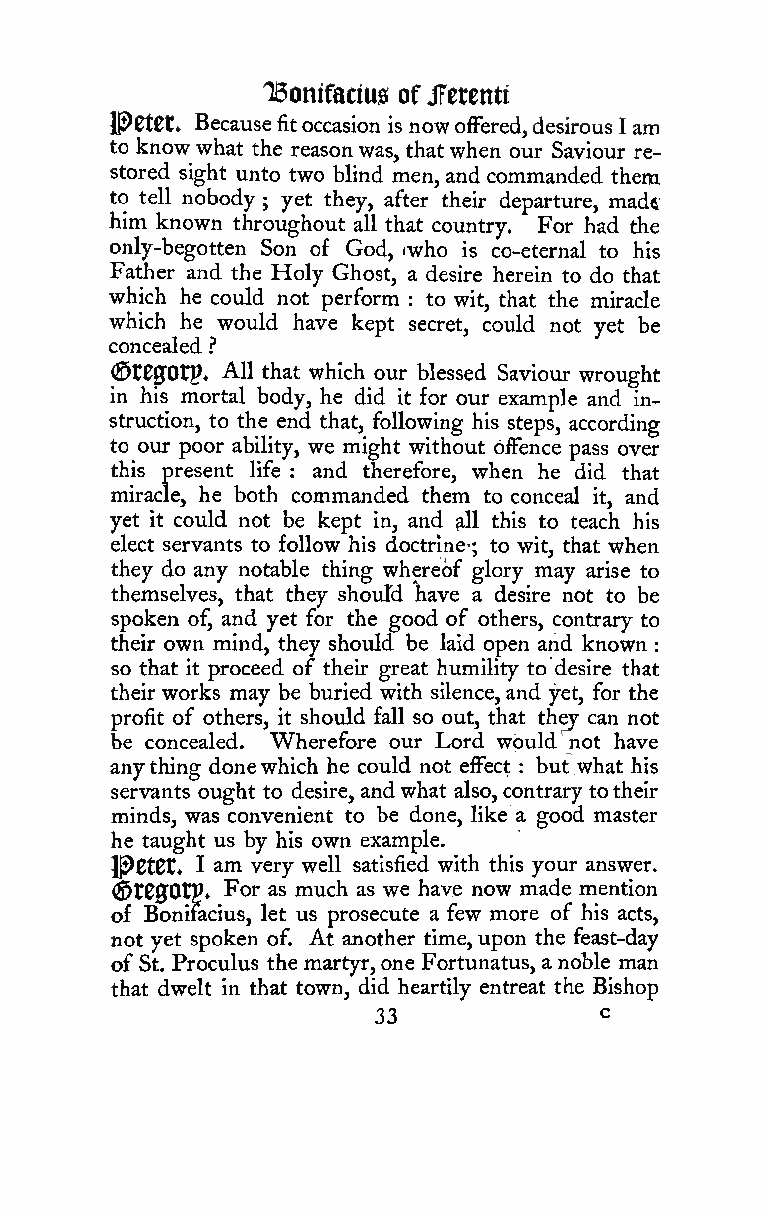
TBonifaciusofJFetenti
 IPCtCt* Because fitoccasion is nowoffered,desirous I am
 to know what the reasonwas, that when our Saviour re-
 stored sight unto two blind men, and commanded them
 to tell nobody yet they, after their departure, mad«:
 ;
 him known throughout all that country. For had the
 only-begotten Son of God, iwho is co-eternal to his
 Father and the Holy Ghost, a desire herein to do that
 which he could not perform to wit, that the miracle
 :
 which he would have kept secret, could not yet be
 concealed ?
 AH
 (©t00Otp. that which our blessed Saviour wrought
 in his mortal body, he did it for our example and in-
 struction, to the end that, following his steps, according
 to our poor ability, we might without offence pass over
 this present life : and therefore, when he did that
 miracle, he both commanded them to conceal it, and
 yet it could not be kept in, and ^11 this to teach his
 elect servants to follow his doctrine-; to wit, that when
 they do any notable thing whereof glory may arise to
 themselves, that they should Ihave a desire not to be
 spoken of, and yet for the good of others, contrary to
 their own mind, they should be laid open and known
 :
 so that it proceed of their great humility to desire that
 theirworks may be buried with silence, and yet, for the
 profit of others, it should fall so out, that they can not
 be concealed. Wherefore our Lord would not have
 anything donewhich he could not effect : but what his
 servants ought to desire, andwhat also, contrary totheir
 minds, was convenient to be done, like a good master
 he taught us by his own example.
 ]P0t0t« I am very well satisfied with this your answer.
 (SJt00Oip» For as much as we have now made mention
 of Bonifacius, let us prosecute a few more of his acts,
 not yet spoken of. At another time,upon the feast-day
 of St. Proculus the martyr,one Fortunatus, anoble man
 that dwelt in that town, did heartily entreat the Bishop
 33             c